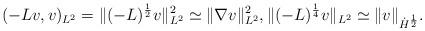
LaTeX: \begin{align*} (-Lv,v)_{L^{2}}= \|(-L)^{\frac12}v\|_{L^{2}}^{2} \simeq\|\nabla v\|^{2}_{L^{2}}, \|(-L)^{\frac14}v\|_{L^{2}} \simeq \|v\|_{\dot H^{\frac12}}. \end{align*}